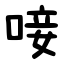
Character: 唼